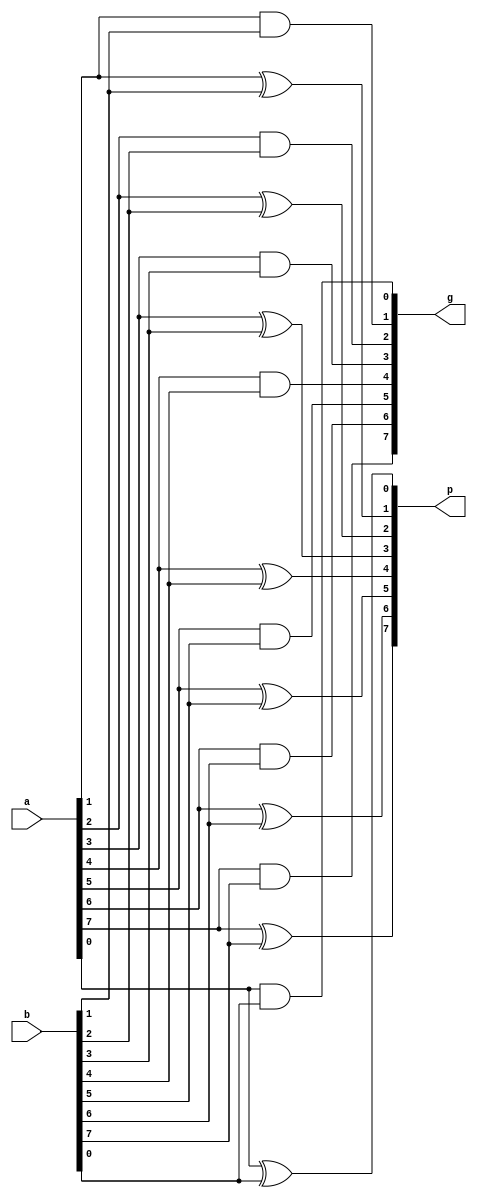
module gen_prop (
    p,g,a,b
);
    input[7:0] a,b;
    output[7:0] p,g;
    
    and(g[0],a[0],b[0]);
    xor(p[0],a[0],b[0]);

    and(g[1],a[1],b[1]);
    xor(p[1],a[1],b[1]);

    and(g[2],a[2],b[2]);
    xor(p[2],a[2],b[2]);

    and(g[3],a[3],b[3]);
    xor(p[3],a[3],b[3]);

    and(g[4],a[4],b[4]);
    xor(p[4],a[4],b[4]);

    and(g[5],a[5],b[5]);
    xor(p[5],a[5],b[5]);

    and(g[6],a[6],b[6]);
    xor(p[6],a[6],b[6]);

    and(g[7],a[7],b[7]);
    xor(p[7],a[7],b[7]);
        
endmodule